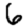
Digit: 6